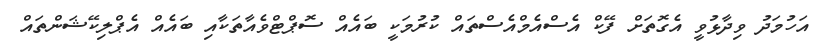
އަހުމަދު ވިދާޅުވީ އެގޮތަށް ފޭކް އެސްއެމްއެސްތައް ކުރުމަކީ ބައެއް ސޮޕްޓްވެއާތަކާއި ބައެއް އެޕްލިކޭޝަންތައް